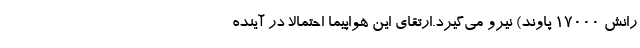
رانش ۱۷۰۰۰ پاوند) نیرو می‌گیرد.ارتقای این هواپیما احتمالاً در آینده